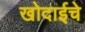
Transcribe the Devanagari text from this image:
खोदाईचे